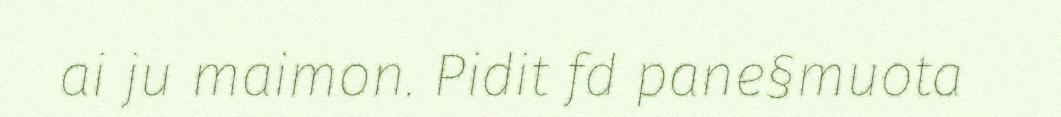
ai ju maimon. Pidit fd pane§muota